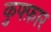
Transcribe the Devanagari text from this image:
कुफ्फ़ार